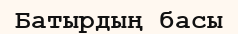
Батырдың басы